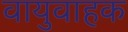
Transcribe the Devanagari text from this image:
वायुवाहक